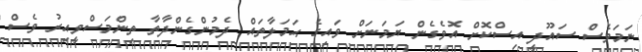
ނަމަވެސް ސައޫދީ އިސްކޮށް އޮވެގެން ޔަމަނަށް ވައިގެ ޙަމަލާތައް ދެމުންގެންދާތާ ތިންމަސްވީއިރު ވެސް